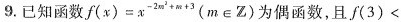
9.已知函数f(x)=x^{-2m^{2}+m+3}(m∈Z)为偶函数，且f(3)<